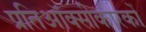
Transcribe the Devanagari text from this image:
प्रतिऑक्सीकारकों